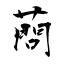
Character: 蔄